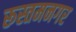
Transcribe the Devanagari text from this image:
रूस्तमनगर